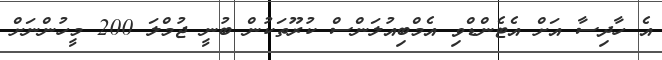
އެ ހާދިސާ އަށް އެޓެންޑްވި އެމްބިއުލަންސް ކުރޫތަކުން ބުނީ ޖުމްލަ 200 މީހުންނަށް